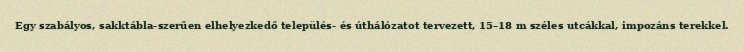
Egy szabályos, sakktábla-szerűen elhelyezkedő település- és úthálózatot tervezett, 15–18 m széles utcákkal, impozáns terekkel.